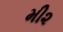
મી૨